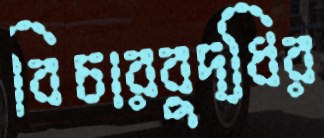
বিচারবুদ্ধির